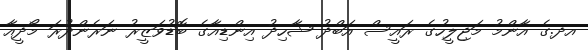
އދ.ގެ އާންމު މަޖިލީހުގެ ރައީސް އަބްދު ޝާހިދު އިންޑިއާގެ ބޮޑުވަޒީރު ނަރެންދުރަ މޯދީއާ